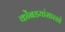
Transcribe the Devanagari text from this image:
कोंबडयांसारखे